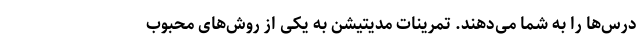
درس‌ها را به شما می‌دهند. تمرینات مدیتیشن به یکی از روش‌های محبوب